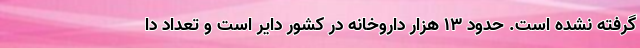
گرفته نشده است. حدود ۱۳ هزار داروخانه در کشور دایر است و تعداد دا